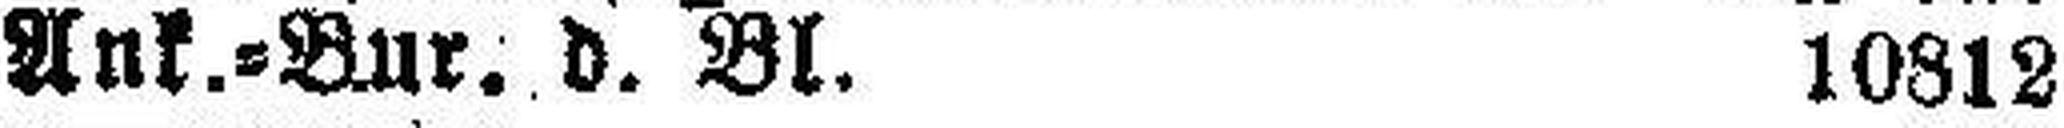
Ank.=Bur. d. Bl. 10812